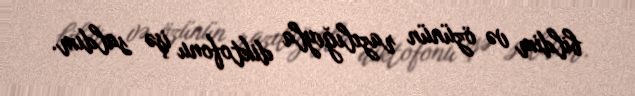
bildim və özünün razılığıyla diktofonu işə saldım.